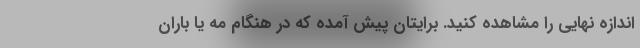
اندازه نهایی را مشاهده کنید. برایتان پیش آمده که در هنگام مه یا باران